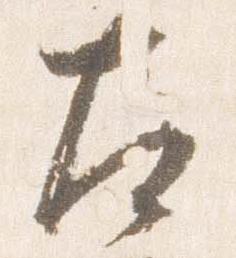
左